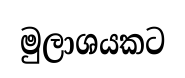
මුලාශයකට